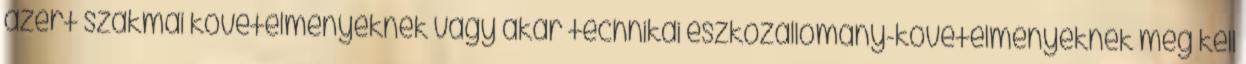
azért szakmai követelményeknek vagy akár technikai eszközállomány-követelményeknek meg kell